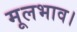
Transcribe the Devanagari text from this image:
मूलभाव।